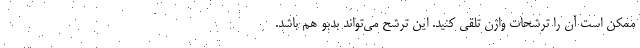
ممکن است آن را ترشحات واژن تلقی کنید. این ترشح می‌تواند بدبو هم باشد.